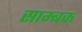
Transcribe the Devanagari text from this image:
साम्बक